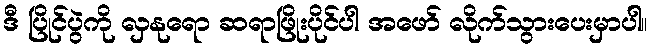
ဒီ ပြိုင်ပွဲကို လှနုရော ဆရာဖြိုးပိုင်ပါ အဖော် လိုက်သွားပေးမှာပါ။